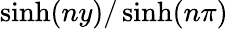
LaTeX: \sinh(ny)/\sinh(n\pi)